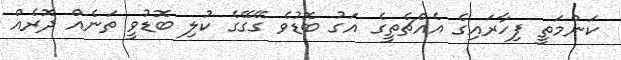
ކަންމަތީ ފިހާރައިގެ އެއްޗެތީގެ އަގު ބޮޑުވެ ގޭގޭގެ ކުލި ބޮޑުވީ ތަނެއް ދޮރެއް